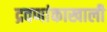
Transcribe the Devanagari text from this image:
द्रवणांकाखाली